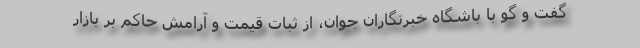
گفت و گو با باشگاه خبرنگاران جوان، از ثبات قیمت و آرامش حاکم بر بازار